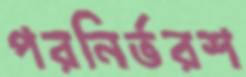
পরনির্ভরশ